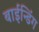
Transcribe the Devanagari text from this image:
बाईन्डिंग